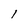
Character: 1